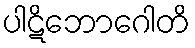
ပါဋိဘောဂေါတိ